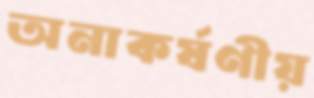
অনাকর্ষণীয়